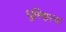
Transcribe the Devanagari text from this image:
धुरिणत्व